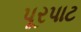
પૂરપાટ